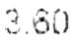
3.60